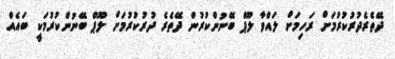
ދޭތެރެދުރުކުރުމަށް ރަހިމަށް ލައްވާ ލޫޕް ބޭނުންކުރުން ދޭތެރެ ދުރުކުރުމަށް ލޫޕް ބޭނުންކުރުމަކީ ބައެއް